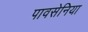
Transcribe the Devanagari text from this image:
पावसेनिया